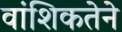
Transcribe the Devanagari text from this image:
वांशिकतेने